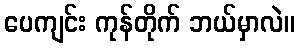
ပေကျင်း ကုန်တိုက် ဘယ်မှာလဲ။